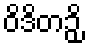
ဝိဒိတဉှိ